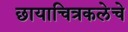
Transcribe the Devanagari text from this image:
छायाचित्रकलेचे